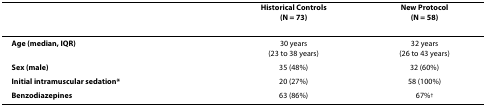
|  | Historical Controls(N = 73) | New Protocol(N = 58) |
 | --- | --- | --- |
 | Age (median, IQR) | 30 years(23 to 38 years) | 32 years(26 to 43 years) |
 | Sex (male) | 35 (48%) | 32 (60%) |
 | Initial intramuscular sedation* | 20 (27%) | 58 (100%) |
 | Benzodiazepines | 63 (86%) | 67%† |